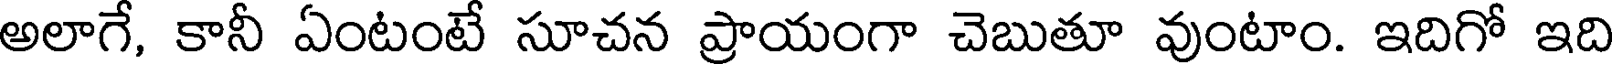
అలాగే, కానీ ఏంటంటే సూచన ప్రాయంగా చెబుతూ వుంటాం. ఇదిగో ఇది